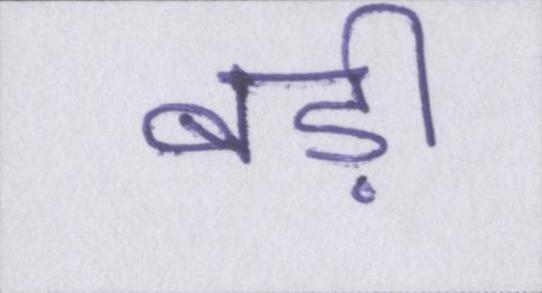
बड़ी